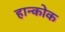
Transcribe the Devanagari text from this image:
हान्कोक